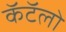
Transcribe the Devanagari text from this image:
कॅटॅलो